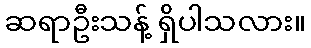
ဆရာဦးသန့် ရှိပါသလား။